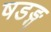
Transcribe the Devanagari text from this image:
षडङ्ग